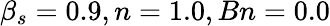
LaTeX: \beta_{s}=0.9,n=1.0,Bn=0.0